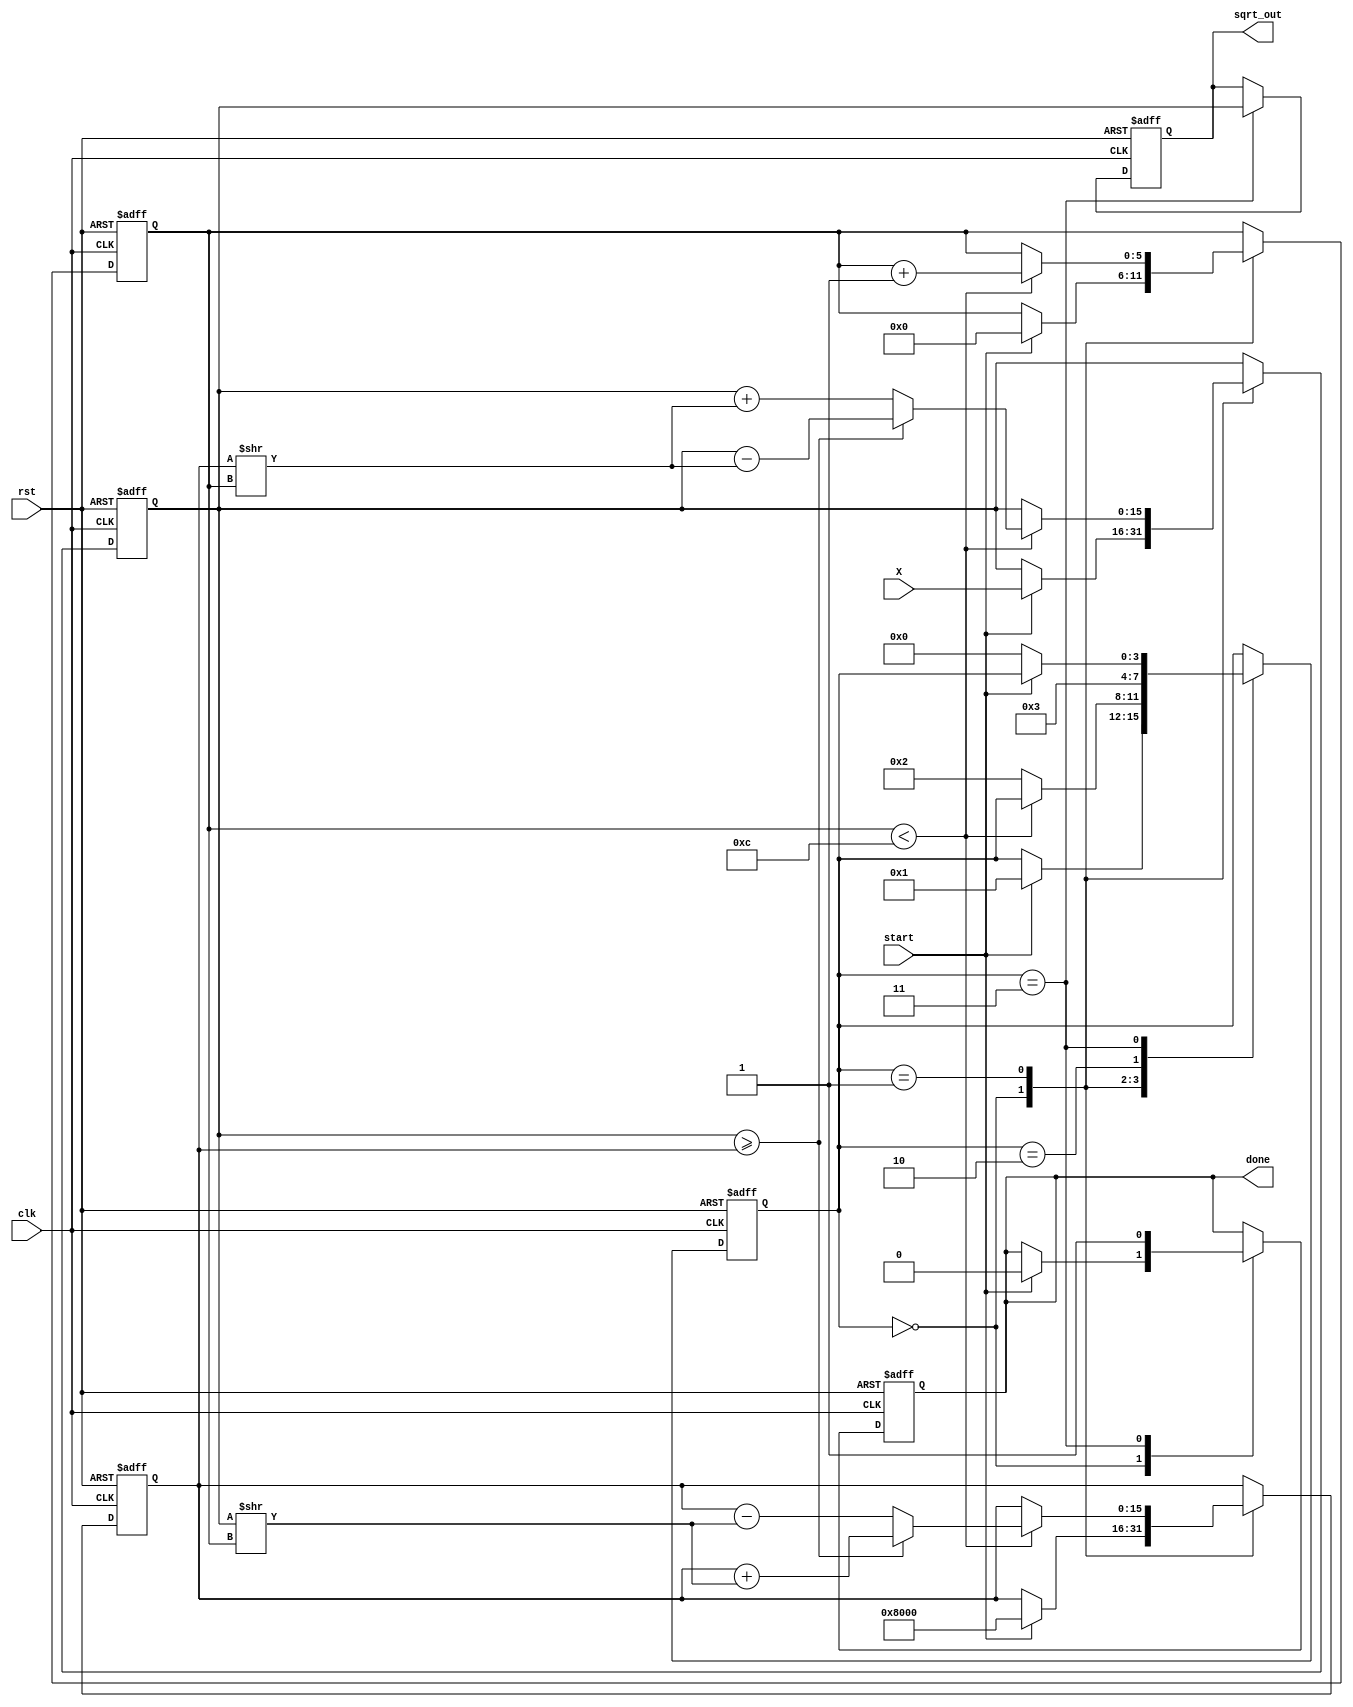
module cordic_sqrt #(
    parameter WIDTH = 16,      // Bit-width for input and output
    parameter N = 12           // Number of iterations
)(
    input wire clk,            // Clock signal
    input wire rst,            // Asynchronous reset
    input wire start,          // Start signal
    input wire [WIDTH-1:0] X,  // Input value (non-negative)
    output reg [WIDTH-1:0] sqrt_out, // Computed square root output
    output reg done            // Completion signal
);

    // Internal states
    reg [3:0] state;           // State register for FSM
    reg [WIDTH-1:0] X_curr;    // Current X value
    reg [WIDTH-1:0] Y_curr;    // Current Y value
    reg [N-1:0] angle;         // Pre-calculated angles for CORDIC
    reg [N-1:0] sig;           // Direction signal
    reg [5:0] iteration;       // Iteration counter

    // Pre-calculated arctangent values (in fixed-point format)
    initial begin
        angle[0] = 16'b0000000000000000; // atan(1) = 0
        angle[1] = 16'b0000000000000001; // atan(0.5) = 0.4636
        angle[2] = 16'b0000000000000011; // atan(0.25) = 0.2449
        angle[3] = 16'b0000000000000111; // atan(0.125) = 0.1244
        angle[4] = 16'b0000000000001111; // atan(0.0625) = 0.0624
        angle[5] = 16'b0000000000011111; // atan(0.03125) = 0.0312
        angle[6] = 16'b0000000000111111; // atan(0.015625) = 0.0156
        angle[7] = 16'b0000000001111111; // atan(0.0078125) = 0.0078
        angle[8] = 16'b0000000011111111; // atan(0.00390625) = 0.0039
        angle[9] = 16'b0000000111111111; // atan(0.001953125) = 0.0019
        angle[10] = 16'b0000001111111111; // atan(0.0009765625) = 0.00098
        angle[11] = 16'b0000011111111111; // atan(0.00048828125) = 0.00049
    end

    // State encoding
    localparam INIT = 4'd0, ROTATE = 4'd1, CHECK = 4'd2, OUTPUT = 4'd3;

    // Sequential logic for FSM and CORDIC iterations
    always @(posedge clk or posedge rst) begin
        if (rst) begin
            state <= INIT;
            sqrt_out <= 0;
            done <= 0;
            iteration <= 0;
            X_curr <= 0;
            Y_curr <= 0;
        end else begin
            case (state)
                INIT: begin
                    if (start) begin
                        // Initialize X and Y for CORDIC
                        X_curr <= X;
                        Y_curr <= 1 << (WIDTH - 1); // Starting Y value (1)
                        iteration <= 0;
                        done <= 0;
                        state <= ROTATE;
                    end
                end

                ROTATE: begin
                    if (iteration < N) begin
                        // Perform CORDIC rotation
                        if (X_curr >= Y_curr) begin
                            sig[iteration] <= 1'b1; // Rotate clockwise
                            X_curr <= X_curr - (Y_curr >> iteration);
                            Y_curr <= Y_curr + (X_curr >> iteration);
                        end else begin
                            sig[iteration] <= 1'b0; // Rotate counter-clockwise
                            X_curr <= X_curr + (Y_curr >> iteration);
                            Y_curr <= Y_curr - (X_curr >> iteration);
                        end
                        iteration <= iteration + 1;
                    end else begin
                        state <= CHECK;
                    end
                end

                CHECK: begin
                    // Check for convergence (not implemented in detail)
                    // For simplicity, we assume convergence after N iterations
                    state <= OUTPUT;
                end

                OUTPUT: begin
                    sqrt_out <= X_curr; // Output the computed square root
                    done <= 1;          // Set done signal
                    if (!start)         // Wait for new start signal
                        state <= INIT;
                end
            endcase
        end
    end
endmodule